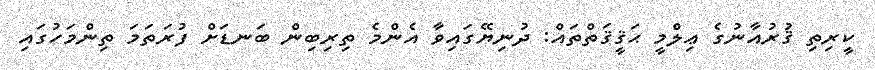
ކީރިތި ޤުރުއާނުގެ ޢިލްމީ ޙަޤީޤަތްތައް: ދުނިޔޭގައިވާ އެންމެ ތިރިބިން ބަނޑަށް ފުރަތަމަ ތިންމަހުގައި